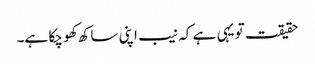
حقیقت تو یہی ہے کہ نیب اپنی ساکھ کھو چکا ہے۔